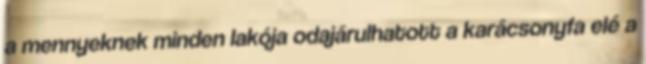
a mennyeknek minden lakója odajárulhatott a karácsonyfa elé a